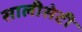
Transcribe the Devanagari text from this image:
सालीसेटी